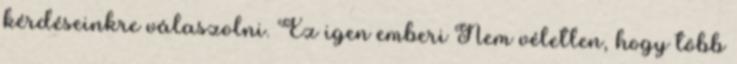
kérdéseinkre válaszolni. Ez igen emberi Nem véletlen, hogy több